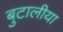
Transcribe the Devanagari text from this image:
बुटालीया